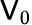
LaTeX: {\cal\mathsf{V}}_{0}